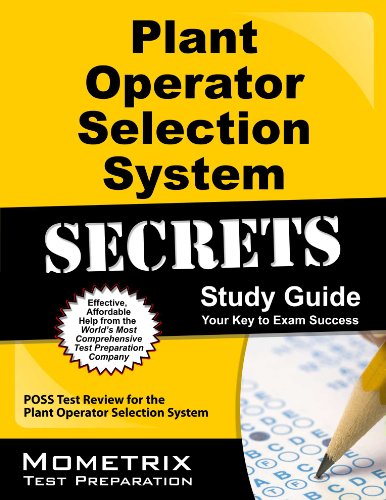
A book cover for Plant Operator Selection System Secrets Study Guide: POSS Test Review for the Plant Operator Selection System; POSS Exam Secrets Test Prep Team; Test Preparation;